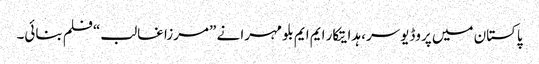
پاکستان میں پروڈیوسر، ہدایتکار ایم ایم بلو مہرا نے ”مرزا غالب“فلم بنائی۔